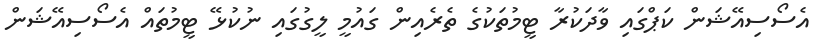
އެސޯސިއޭޝަން ކަޕްގައި ވާދަކުރާ ޓީމުތަކުގެ ތެރެއިން ގައުމީ ލީގުގައި ނުކުޅޭ ޓީމުތައް އެސޯސިއޭޝަން